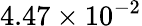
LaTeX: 4.47\times 10^{-2}